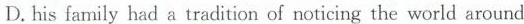
D.his family had a tradition of noticing the world around